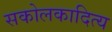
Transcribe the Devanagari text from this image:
सकोलकादित्य